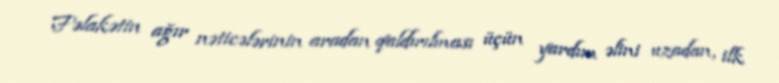
Fəlakətin ağır nəticələrinin aradan qaldırılması üçün yardım əlini uzadan, ilk